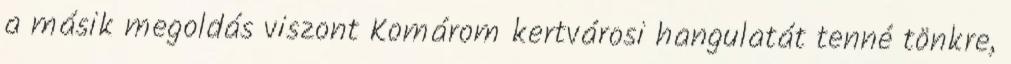
a másik megoldás viszont Komárom kertvárosi hangulatát tenné tönkre,